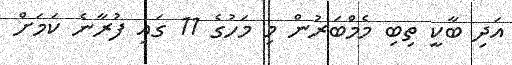
އަދި ބާކީ ތިބި މެމްބަރުން މި މަހުގެ 11 ގައި ފުރާނެ ކަމަށް